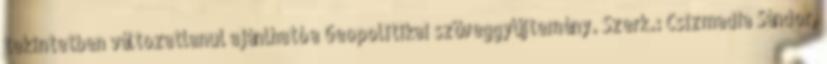
tekintetben változatlanul ajánlható a Geopolitikai szöveggyűjtemény. Szerk.: Csizmadia Sándor,